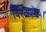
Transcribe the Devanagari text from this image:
विरळपणेच